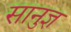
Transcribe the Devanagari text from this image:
सानुज्ञ